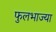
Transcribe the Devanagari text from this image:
फुलभाज्या